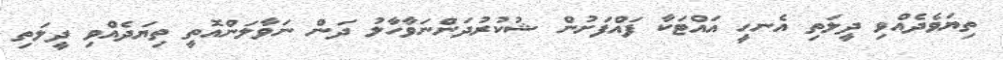
ތިޔަވެދެއްވި ދީލަތި އެނހީ އައްޓަކާ ފައްފަށުން ޝުކުރުދަންނަވާހާލު ދަން ނަވާލަންއޮތީ ތިޔަދެއްވި ދީލަތި